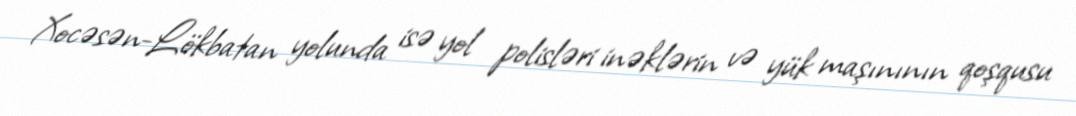
Xocəsən-Lökbatan yolunda isə yol polisləri inəklərin və yük maşınının qoşqusu